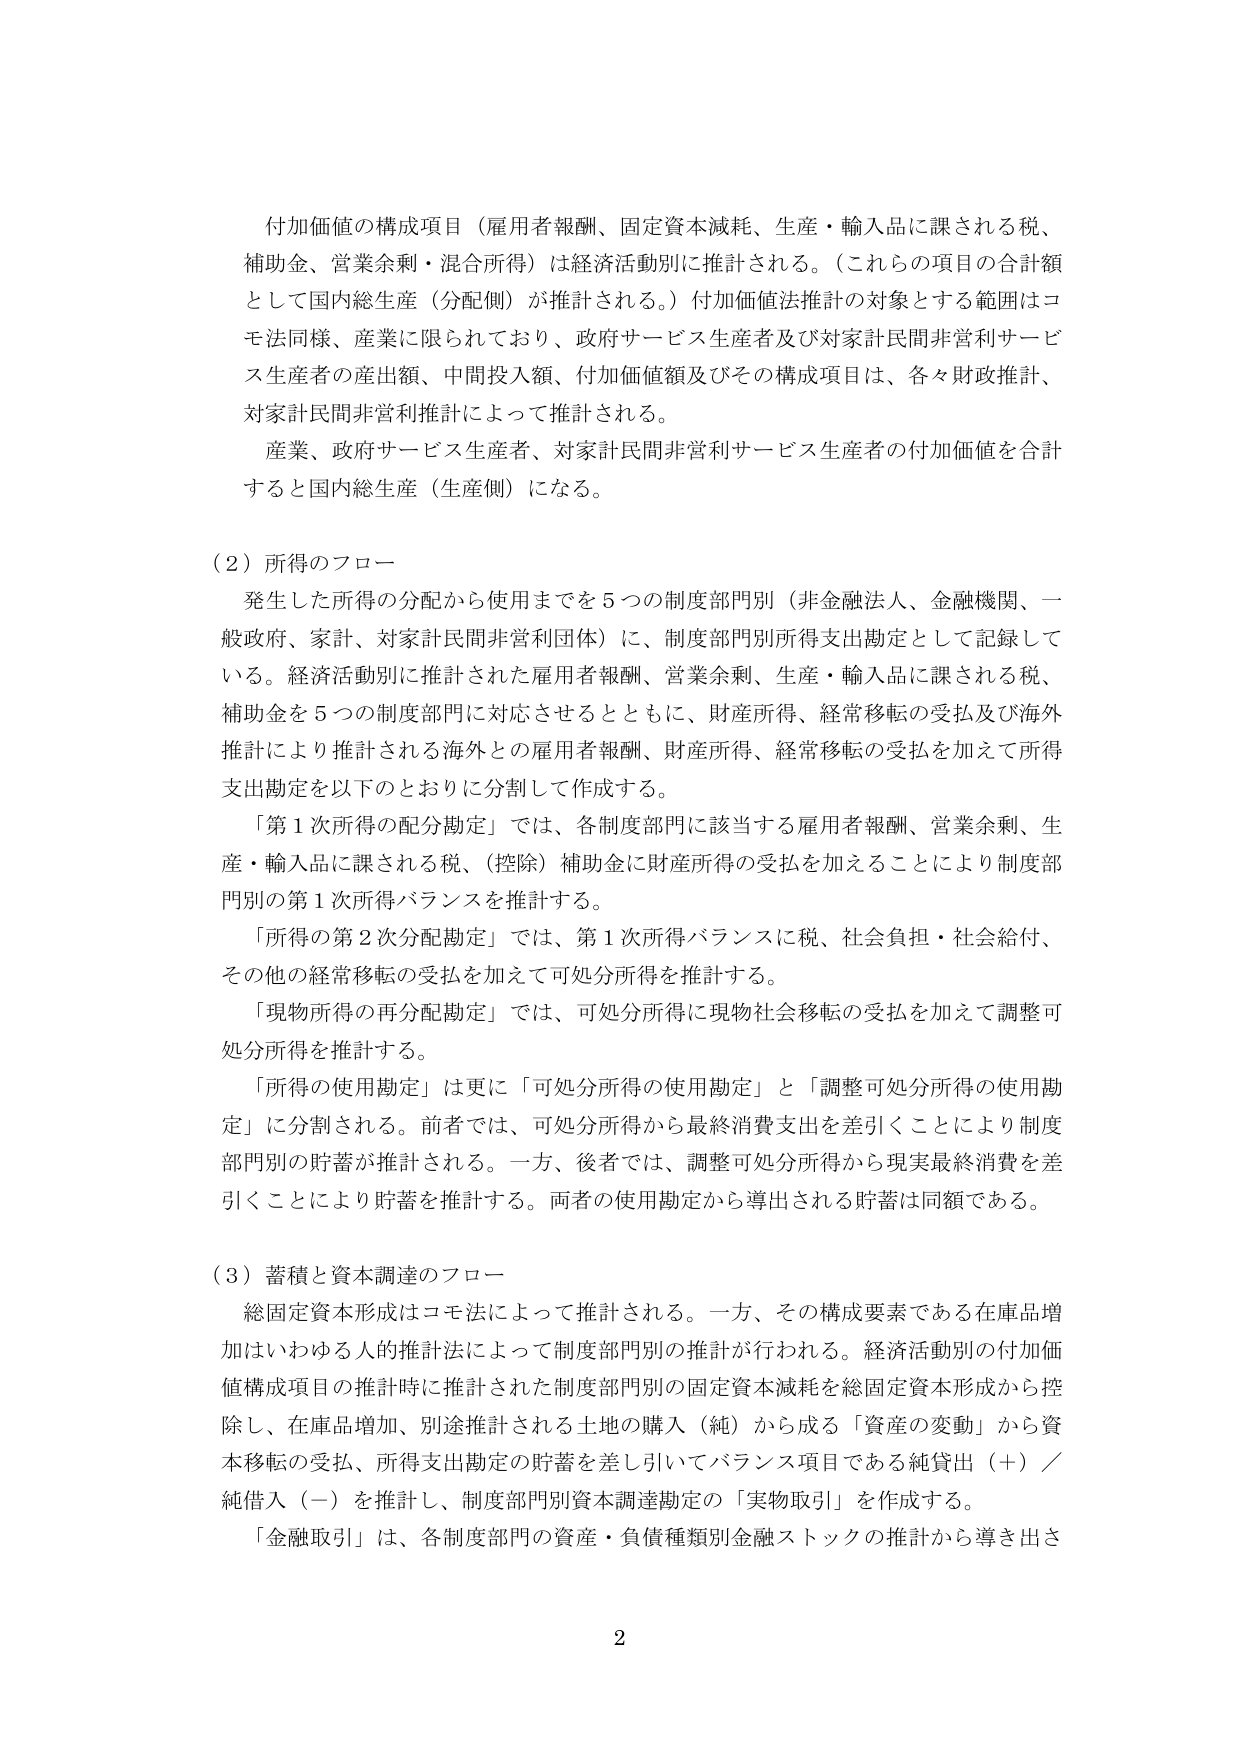
付加価値の構成項目（雇用者報酬、固定資本減耗、生産・輸入品に課される税、
補助金、営業余剰・混合所得）は経済活動別に推計される。（これらの項目の合計額
として国内総生産（分配側）が推計される。）付加価値法推計の対象とする範囲はコ
モ法同様、産業に限られており、政府サービス生産者及び対家計民間非営利サービ
ス生産者の産出額、中間投入額、付加価値額及びその構成項目は、各々財政推計、
対家計民間非営利推計によって推計される。
産業、政府サービス生産者、対家計民間非営利サービス生産者の付加価値を合計
すると国内総生産（生産側）になる。

（2）所得のフロー
発生した所得の分配から使用までを5つの制度部門別（非金融法人、金融機関、一
般政府、家計、対家計民間非営利団体）に、制度部門別所得支出勘定として記録して
いる。経済活動別に推計された雇用者報酬、営業余剰、生産・輸入品に課される税、
補助金を5つの制度部門に対応させるとともに、財産所得、経常移転の受払及び海外
推計により推計される海外との雇用者報酬、財産所得、経常移転の受払を加えて所得
支出勘定を以下のとおりに分割して作成する。
「第1次所得の配分勘定」では、各制度部門に該当する雇用者報酬、営業余剰、生
産・輸入品に課される税、（控除）補助金に財産所得の受払を加えることにより制度部
門別の第1次所得バランスを推計する。
「所得の第2次分配勘定」では、第1次所得バランスに税、社会負担・社会給付、
その他の経常移転の受払を加えて可処分所得を推計する。
「現物所得の再分配勘定」では、可処分所得に現物社会移転の受払を加えて調整可
処分所得を推計する。
「所得の使用勘定」は更に「可処分所得の使用勘定」と「調整可処分所得の使用勘
定」に分割される。前者では、可処分所得から最終消費支出を差引くことにより制度
部門別の貯蓄が推計される。一方、後者では、調整可処分所得から現実最終消費を差
引くことにより貯蓄を推計する。両者の使用勘定から導出される貯蓄は同額である。

（3）蓄積と資本調達のフロー
総固定資本形成はコモ法によって推計される。一方、その構成要素である在庫品増
加はいわゆる人的推計法によって制度部門別の推計が行われる。経済活動別の付加価
値構成項目の推計時に推計された制度部門別の固定資本減耗を総固定資本形成から控
除し、在庫品増加、別途推計される土地の購入（純）から成る「資産の変動」から資
本移転の受払、所得支出勘定の貯蓄を差し引いてバランス項目である純貸出（＋）／
純借入（－）を推計し、制度部門別資本調達勘定の「実物取引」を作成する。
「金融取引」は、各制度部門の資産・負債種類別金融ストックの推計から導き出さ

2